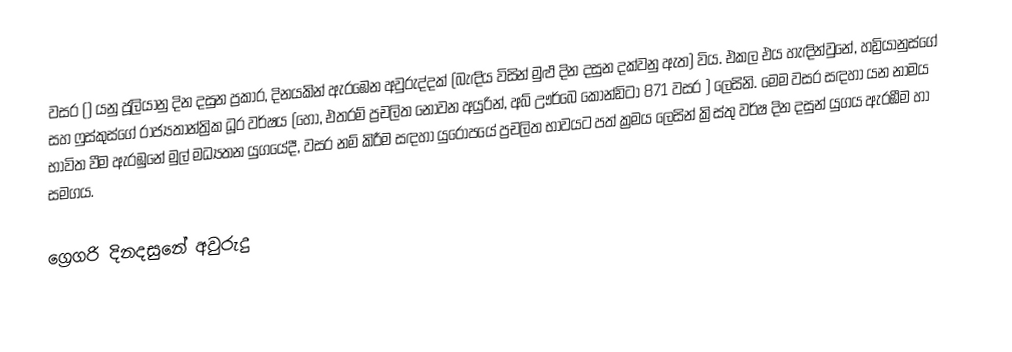

වසර   () යනු  ජූලියානු දින දසුන ප්‍රකාර,    දිනයකින් ඇරඹෙන  අවුරුද්දක්   (බැඳිය විසින් මුළු දින දසුන දක්වනු ඇත)  විය. එකල එය හැඳින්වුනේ, 	හඩ්‍රියානුස්ගේ	 සහ 	ෆුස්කුස්ගේ	  රාජ්‍යතාන්ත්‍රික  ධූර වර්ෂය  (හෝ, එතරම් ප්‍රචලිත නොවන අයුරින්,  අබ් ඌර්බෙ කෝන්ඩිටා 	871	  වසර  ) ලෙසිනි. මෙම වසර සඳහා   යන නාමය භාවිත වීම ඇරඹුනේ මුල් මධ්‍යතන යුගයේදී, වසර නම් කිරීම සඳහා යුරෝපයේ ප්‍රචලිත භාවයට පත් ක්‍රමය ලෙසින් ක්‍රිස්තු වර්ෂ දින දසුන් යුගය ඇරඹීම හා සමගය.

ග්‍රෙගරි දිනදසුනේ අවුරුදු